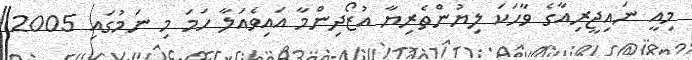
މިއީ ނައިޖީރިއާގެ ވާހަކަ ލިޔުންތެރިޔާ އުޒޯދިންމާ އައިވެއަލާ ހަމަ މި ނަމުގައި 2005